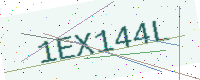
Text: 1EX144L